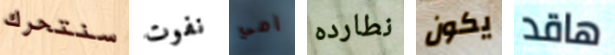
سنتحرك نفوت أمي نطارده يكون هاقد